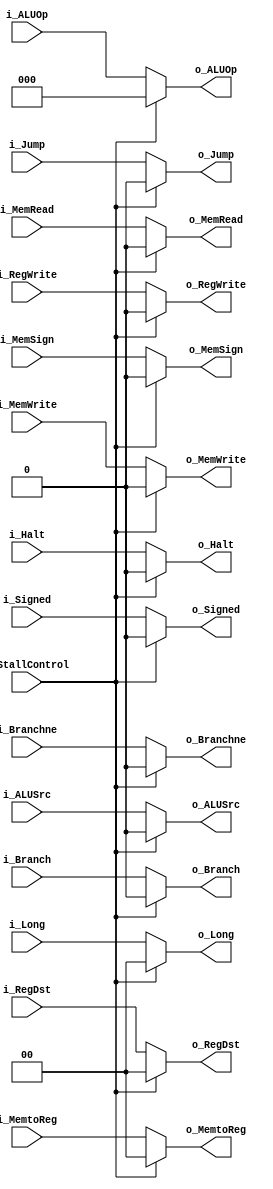
`timescale 1ns / 1ps

module MuxControl (
	input  wire       i_StallControl, // Positivo, manda 0. Negativo manda senal.
	input  wire [1:0] i_RegDst      ,
	input  wire [2:0] i_ALUOp       ,
	input  wire       i_ALUSrc      ,
	input  wire       i_Branch      ,
	input  wire       i_Branchne    ,
	input  wire       i_MemRead     ,
	input  wire       i_MemWrite    ,
	input  wire       i_RegWrite    ,
	input  wire [1:0] i_MemtoReg    ,
	input  wire       i_Jump        ,
	input  wire       i_Signed      ,
	input  wire [1:0] i_Long        ,
	input  wire       i_MemSign     ,
	input  wire       i_Halt        ,
	output wire [1:0] o_RegDst      ,
	output wire [2:0] o_ALUOp       ,
	output wire       o_ALUSrc      ,
	output wire       o_Branch      ,
	output wire       o_Branchne    ,
	output wire       o_MemRead     ,
	output wire       o_MemWrite    ,
	output wire       o_RegWrite    ,
	output wire [1:0] o_MemtoReg    ,
	output wire       o_Jump        ,
	output wire       o_Signed      ,
	output wire [1:0] o_Long        ,
	output wire       o_MemSign     ,
	output wire       o_Halt
);

assign o_RegDst   = i_StallControl ? 2'b0 : i_RegDst  ;
assign o_ALUOp    = i_StallControl ? 3'b0 : i_ALUOp   ;
assign o_ALUSrc   = i_StallControl ? 1'b0 : i_ALUSrc  ;
assign o_Branch   = i_StallControl ? 1'b0 : i_Branch  ;
assign o_Branchne = i_StallControl ? 1'b0 : i_Branchne;
assign o_MemRead  = i_StallControl ? 1'b0 : i_MemRead ;
assign o_MemWrite = i_StallControl ? 1'b0 : i_MemWrite;
assign o_RegWrite = i_StallControl ? 1'b0 : i_RegWrite;
assign o_MemtoReg = i_StallControl ? 2'b0 : i_MemtoReg;
assign o_Jump     = i_StallControl ? 1'b0 : i_Jump    ;
assign o_Signed   = i_StallControl ? 1'b0 : i_Signed  ;
assign o_Long     = i_StallControl ? 2'b0 : i_Long    ;
assign o_MemSign  = i_StallControl ? 1'b0 : i_MemSign ;
assign o_Halt     = i_StallControl ? 1'b0 : i_Halt    ;

endmodule